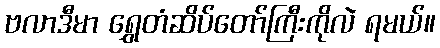
ဗလာဒီမာ ရွှေတံဆိပ်တော်ကြီးကိုလဲ ရမယ်။